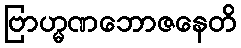
ဗြာဟ္မဏဘောဇနေတိ